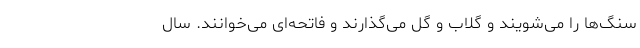
سنگ‌ها را می‌شویند و گلاب و گل می‌گذارند و فاتحه‌ای می‌خوانند. سال